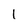
Character: 1